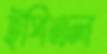
ইপিএল